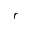
r